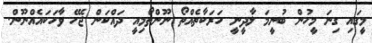
މީގައި ގިނަ މީހުން ބުނީމަ ލާދީނީ ހަރަކާތެއްތޯ ނޫންތޯމިއީ ދައްކަން ޖެހޭ ވާހަކައެއްނޫން.